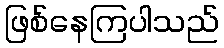
ဖြစ်နေကြပါသည်